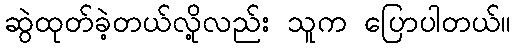
ဆွဲထုတ်ခဲ့တယ်လို့လည်း သူက ပြောပါတယ်။